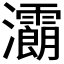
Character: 𤅉